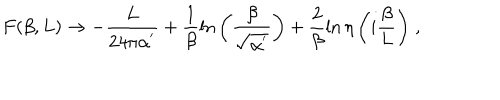
F ( \beta , L ) \rightarrow - \frac { L } { 2 4 \pi \alpha ^ { ' } } + \frac { 1 } { \beta } \ln { \left( \frac { \beta } { \sqrt { \alpha ^ { ' } } } \right) } + \frac { 2 } { \beta } \ln { \eta \left( i \frac { \beta } { L } \right) } \; ,